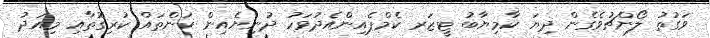
ވަގުތު ލޯންޗުވެގެން ދިޔަ ކާމިޔާބު ޓީޒަރ ކެމްޕެއިންއެދުވަހު ދުނިޔެއިން ކަންތައް ކުރިގޮތާއި މިއަދު